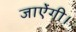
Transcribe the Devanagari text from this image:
जाऐंगी।